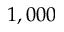
1 , 0 0 0